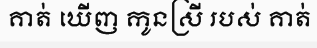
គាត់ ឃើញ កូនស្រី របស់ គាត់